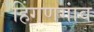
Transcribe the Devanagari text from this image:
हिंगणगांव